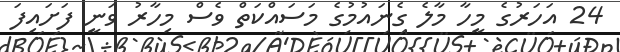
24 އަހަރުގެ މީހާ މާލެ ގެނައުމުގެ މަސައްކަތް ވެސް މިހާރު ވަނީ ފަށައިފަ